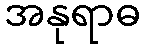
အနုရာဓ